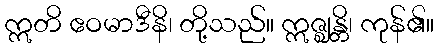
ဣတိ ဧဝမာဒီနိ၊ တို့သည်။ ဣဇ္ဈန္တိ၊ ကုန်၏။